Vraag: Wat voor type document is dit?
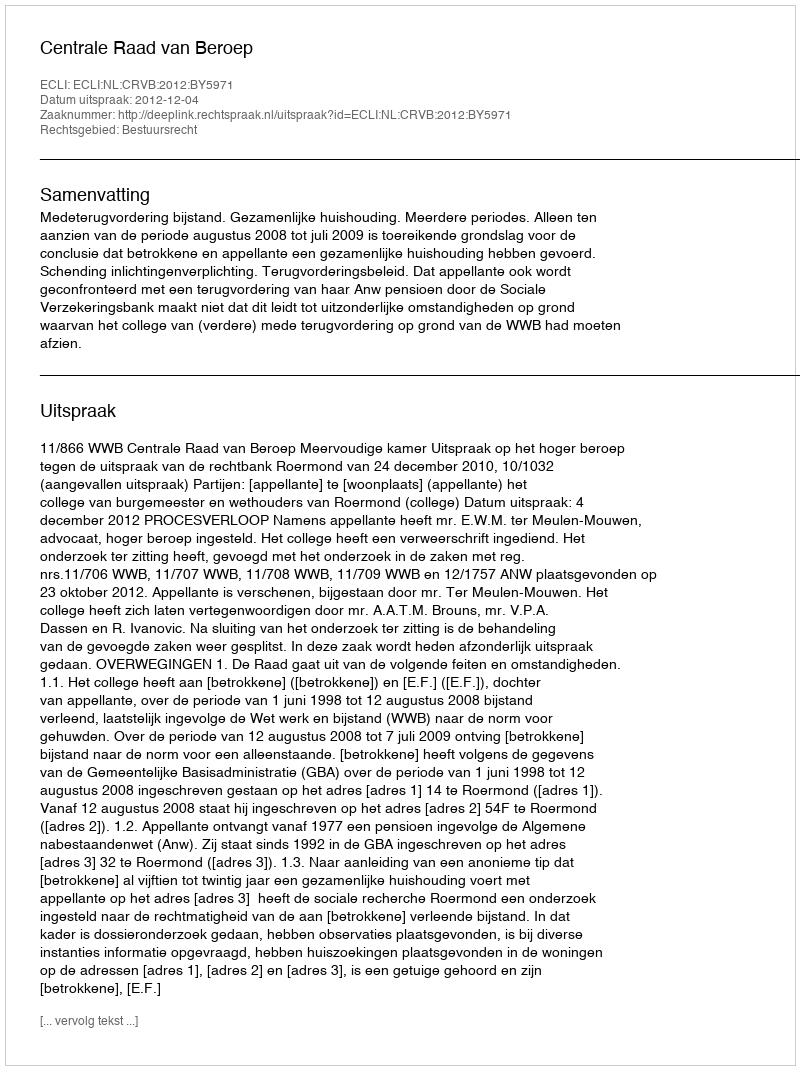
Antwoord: Uitspraak